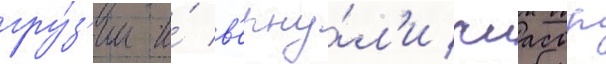
гру́з'ии и́ в'ерну́л'и чиасср